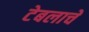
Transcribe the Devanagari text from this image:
टेबलाचे